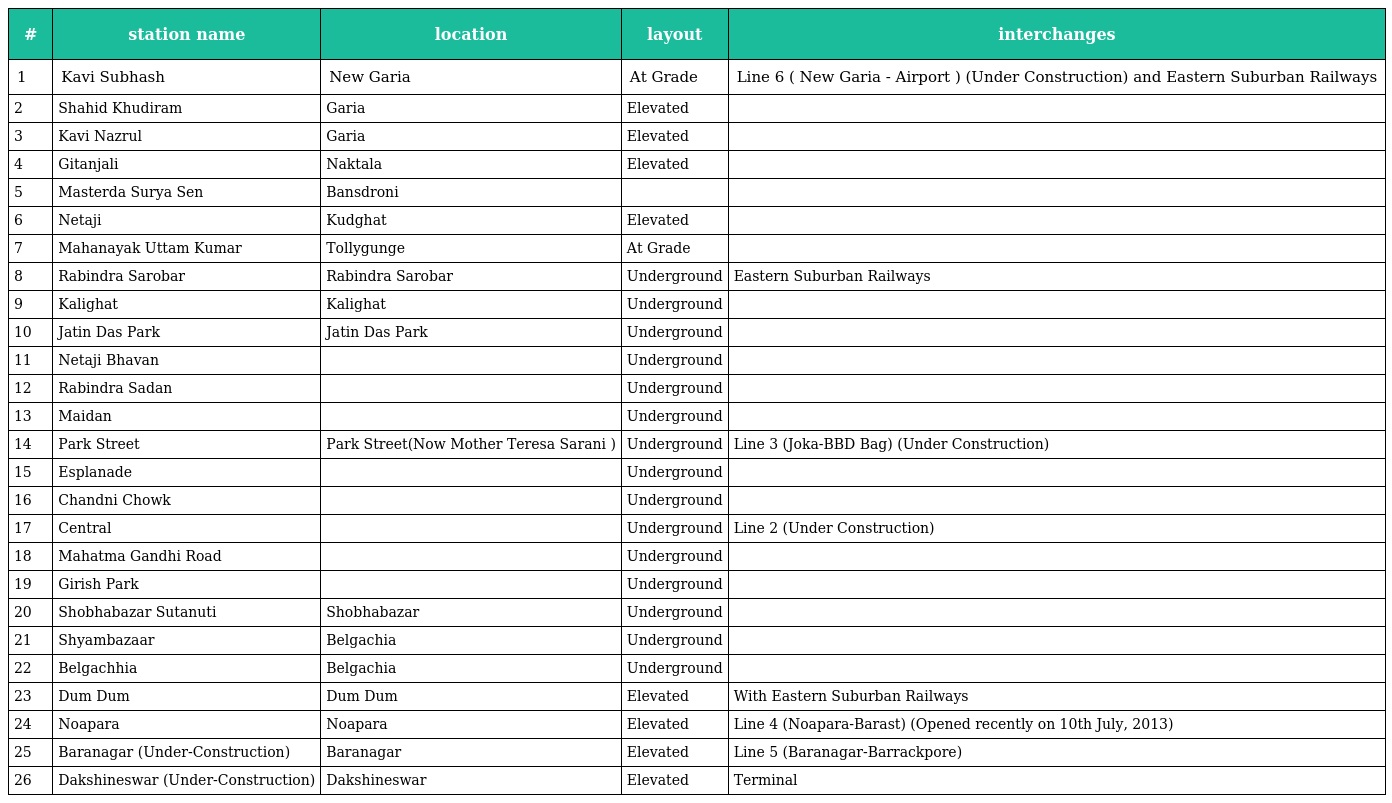
| # | station name | location | layout | interchanges |
 | --- | --- | --- | --- | --- |
 | 1 | Kavi Subhash | New Garia | At Grade | Line 6 ( New Garia - Airport ) (Under Construction) and Eastern Suburban Railways |
 | 2 | Shahid Khudiram | Garia | Elevated |  |
 | 3 | Kavi Nazrul | Garia | Elevated |  |
 | 4 | Gitanjali | Naktala | Elevated |  |
 | 5 | Masterda Surya Sen | Bansdroni |  |  |
 | 6 | Netaji | Kudghat | Elevated |  |
 | 7 | Mahanayak Uttam Kumar | Tollygunge | At Grade |  |
 | 8 | Rabindra Sarobar | Rabindra Sarobar | Underground | Eastern Suburban Railways |
 | 9 | Kalighat | Kalighat | Underground |  |
 | 10 | Jatin Das Park | Jatin Das Park | Underground |  |
 | 11 | Netaji Bhavan |  | Underground |  |
 | 12 | Rabindra Sadan |  | Underground |  |
 | 13 | Maidan |  | Underground |  |
 | 14 | Park Street | Park Street(Now Mother Teresa Sarani ) | Underground | Line 3 (Joka-BBD Bag) (Under Construction) |
 | 15 | Esplanade |  | Underground |  |
 | 16 | Chandni Chowk |  | Underground |  |
 | 17 | Central |  | Underground | Line 2 (Under Construction) |
 | 18 | Mahatma Gandhi Road |  | Underground |  |
 | 19 | Girish Park |  | Underground |  |
 | 20 | Shobhabazar Sutanuti | Shobhabazar | Underground |  |
 | 21 | Shyambazaar | Belgachia | Underground |  |
 | 22 | Belgachhia | Belgachia | Underground |  |
 | 23 | Dum Dum | Dum Dum | Elevated | With Eastern Suburban Railways |
 | 24 | Noapara | Noapara | Elevated | Line 4 (Noapara-Barast) (Opened recently on 10th July, 2013) |
 | 25 | Baranagar (Under-Construction) | Baranagar | Elevated | Line 5 (Baranagar-Barrackpore) |
 | 26 | Dakshineswar (Under-Construction) | Dakshineswar | Elevated | Terminal |